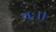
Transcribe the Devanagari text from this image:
यः।।